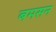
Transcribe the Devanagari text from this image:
बमसन